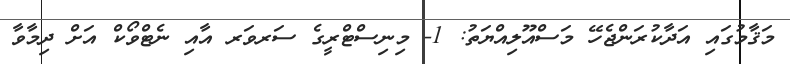
މަޤާމުގައި އަދާކުރަންޖެހޭ މަސްއޫލިއްޔަތު: 1- މިނިސްޓްރީގެ ސަރވަރ އާއި ނެޓްވޯކް އަށް ދިމާވާ